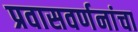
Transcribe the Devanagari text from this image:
प्रवासवर्णनांचा